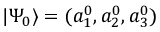
| \Psi _ { 0 } \rangle = ( a _ { 1 } ^ { 0 } , a _ { 2 } ^ { 0 } , a _ { 3 } ^ { 0 } )